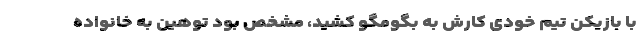
با بازیکن تیم خودی کارش به بگومگو کشید، مشخص بود توهین به خانواده